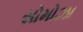
સોમોઝા